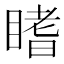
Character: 𥉙